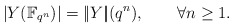
\begin{align*}|Y(\mathbb{F}_{q^n})|=|\!|Y|\!|(q^n),\qquad \forall n\geq 1. \end{align*}